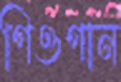
গিওগান